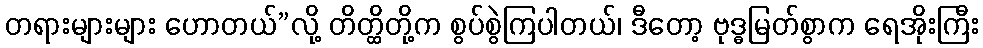
တရားများများ ဟောတယ်”လို့ တိတ္ထိတို့က စွပ်စွဲကြပါတယ်၊ ဒီတော့ ဗုဒ္ဓမြတ်စွာက ရေအိုးကြီး